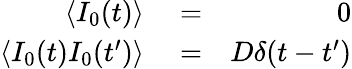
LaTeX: \begin{array}{rlr}{\langle I_{0}(t)\rangle}&{{}=}&{0}\\ {\langle I_{0}(t)I_{0}(t^{\prime})\rangle}&{{}=}&{D\delta(t-t^{\prime})}\end{array}